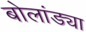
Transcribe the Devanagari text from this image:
बोलांड्या